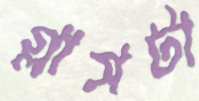
গ্লাসটা